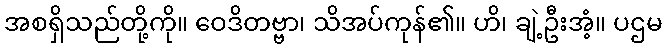
အစရှိသည်တို့ကို။ ဝေဒိတဗ္ဗာ၊ သိအပ်ကုန်၏။ ဟိ၊ ချဲ့ဦးအံ့။ ပဌမ